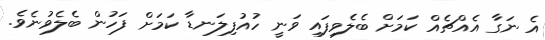
އެ ނަގާ އެއްޗެއް ކަމަށް ބެލެވިފައި ވަނީ ހުއުފިލަނޑާ ކަމަށް ފަހުން ބެލެވުނެވެ.